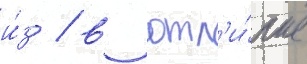
и́з / в отл'и́чие